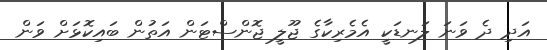
އަދި ދެ ވަނަ ލަނޑަކީ އެމެރިކާގެ ޖޫލީ ޖޮންސްޓަން އަތުން ބައިކޮޅަށް ވަން